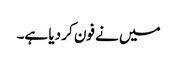
میں نے فون کر دیا ہے۔